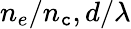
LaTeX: n_{e}/n_{\mathtt{c}},d/\lambda